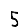
Digit: 5